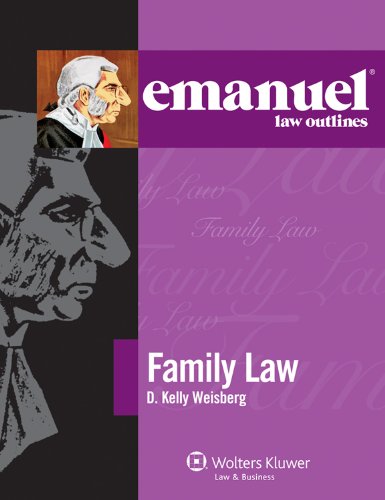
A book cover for Emanuel Law Outlines: Family Law 2011; D. Kelly Weisberg; Law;